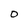
Character: 0